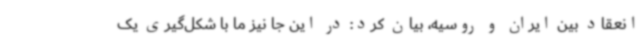
انعقاد بین ایران و روسیه، بیان کرد: در این جا نیز ما با شکل‌گیری یک